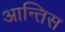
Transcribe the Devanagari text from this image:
आन्तिस